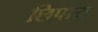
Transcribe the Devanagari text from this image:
छिपाय